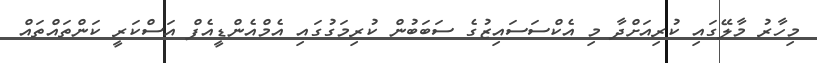
މިހާރު މާލޭގައި ކުރިއަށްދާ މި އެކްސަސައިޒުގެ ސަބަބުން ކުރިމަގުގައި އެމްއެންޑީއެފް އަސްކަރީ ކަންތައްތައް